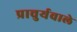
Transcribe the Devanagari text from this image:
प्राचुर्यवाले